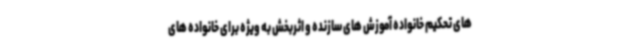
های تحکیم خانواده آموزش های سازنده و اثربخش به ویژه برای خانواده های